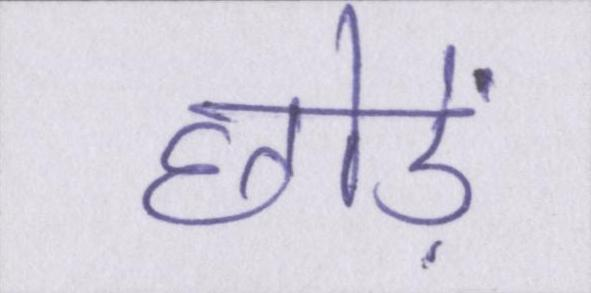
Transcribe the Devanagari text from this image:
छोड़ें